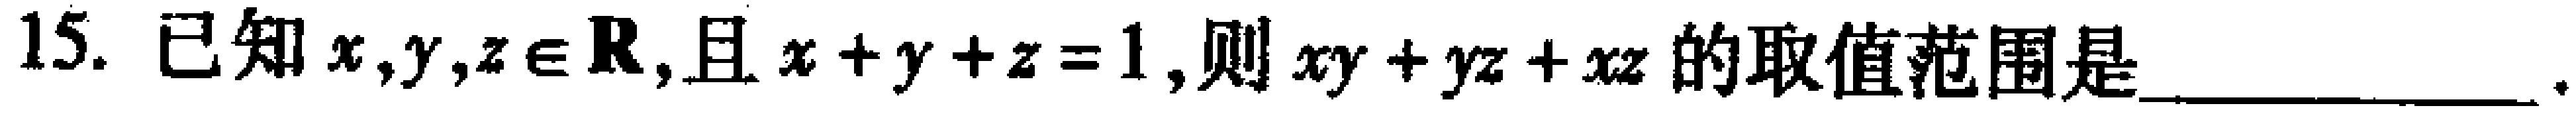
15. 已知$x,y,z\in \mathbf{R}$,且$x + y + z = 1$,则$xy + yz + xz$的取值范围是________________.